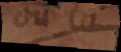
ou